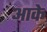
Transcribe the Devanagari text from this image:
अाके